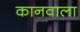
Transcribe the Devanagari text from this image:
कानवाला